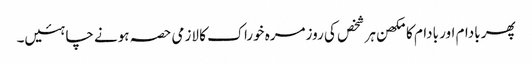
پھر بادام اور بادام کا مکھن ہر شخص کی روزمرہ خوراک کا لازمی حصہ ہونے چاہئیں۔